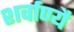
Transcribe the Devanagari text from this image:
शर्वाण्यै